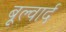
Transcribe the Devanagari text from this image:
बूल्वार्द